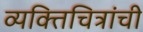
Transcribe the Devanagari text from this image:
व्यक्तिचित्रांची